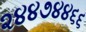
૨૪૪૭૪૪૬૬